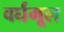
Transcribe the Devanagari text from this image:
वर्घमूल